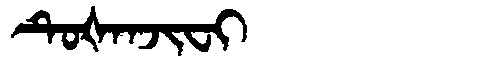
Manchu: ᡨᡠᡧᠠᠨᠵᡳᠸᡳ
Romanization: TUŠANJIFI